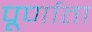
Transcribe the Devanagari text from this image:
पूर्णाता